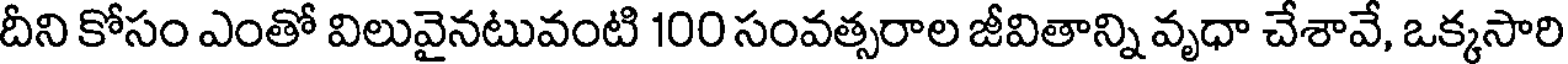
దీని కోసం ఎంతో విలువైనటువంటి 100 సంవత్సరాల జీవితాన్ని వృధా చేశావే, ఒక్కసారి